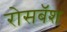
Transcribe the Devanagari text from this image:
रोसबॅश